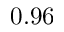
0 . 9 6